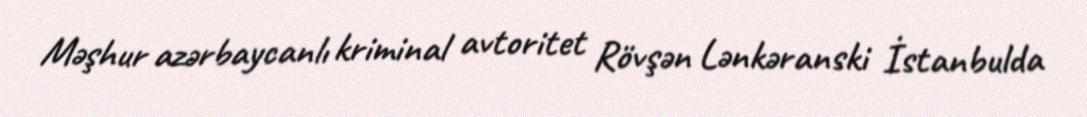
Məşhur azərbaycanlı kriminal avtoritet Rövşən Lənkəranski İstanbulda